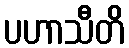
ပဟာသီတိ